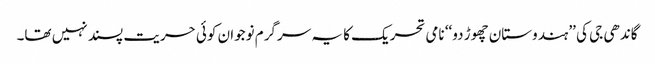
گاندھی جی کی ’’ہندوستان چھوڑ دو‘‘ نامی تحریک کا یہ سرگرم نوجوان کوئی حریت پسند نہیں تھا۔